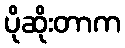
ပိုဆိုးတာက